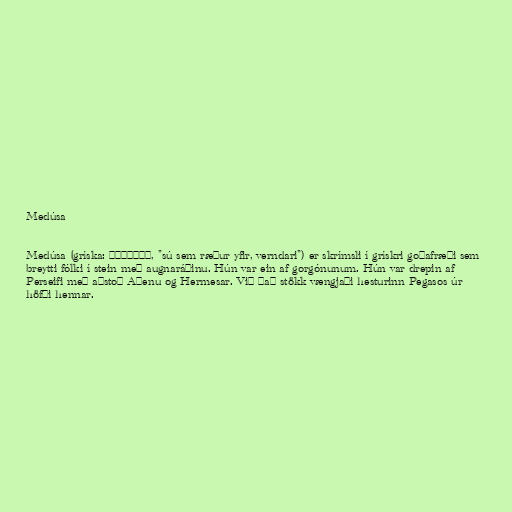
Medúsa

Medúsa (gríska: Μεδουσα, "sú sem ræður yfir, verndari") er skrímsli í grískri goðafræði sem
breytti fólki í stein með augnaráðinu. Hún var ein af gorgónunum. Hún var drepin af
Perseifi með aðstoð Aþenu og Hermesar. Við það stökk vængjaði hesturinn Pegasos úr
höfði hennar.